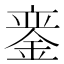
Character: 𫒣